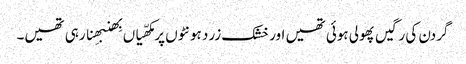
گردن کی رگیں پھولی ہوئی تھیں اور خشک زرد ہونٹوں پر مکھّیاں بِھنبھِنا رہی تھیں۔